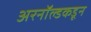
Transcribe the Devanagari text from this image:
अरनॉल्डकडून